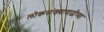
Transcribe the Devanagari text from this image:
लोकसंख्यावाढीच्या